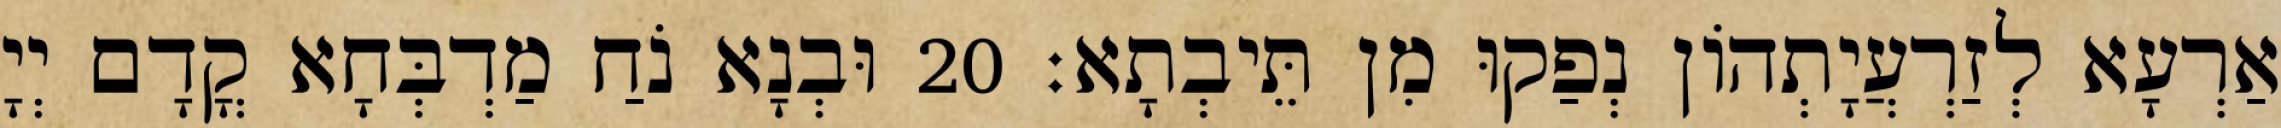
אַרְעָא לְזַרְעֲיָתְהוֹן נְפַקוּ מִן תֵּיבְתָא׃ 20 וּבְנָא נֹחַ מַדְבְּחָא קֳדָם יְיָ